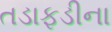
તડાફડીના